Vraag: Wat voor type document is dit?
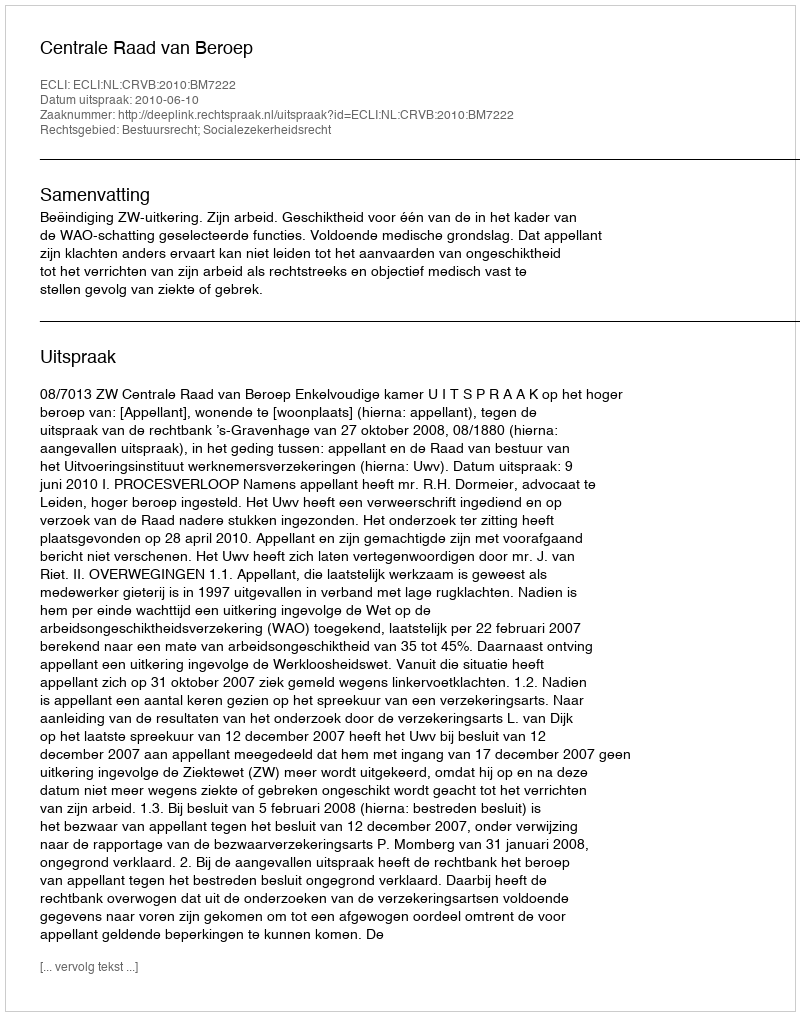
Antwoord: Uitspraak